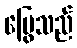
မြွေသည်